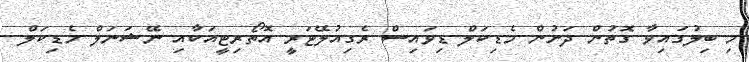
މި ބިލުގައިވާ ގޮތުން ދަށުން މެޑިކަލް ޑިވައިސް ރެގިއުލޭޓަރީ އޮތޯރިޓީއަކާއި ނޭޝަނަލް މެޑިކަލް